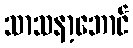
သာသနာ့ဘောင်